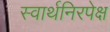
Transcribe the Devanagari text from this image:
स्वार्थनिरपेक्ष